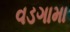
વડગામા